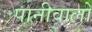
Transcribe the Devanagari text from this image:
पानीवालों